Indian journal of veterinary science and animal husbandry - Volume 11,
Year: 1941
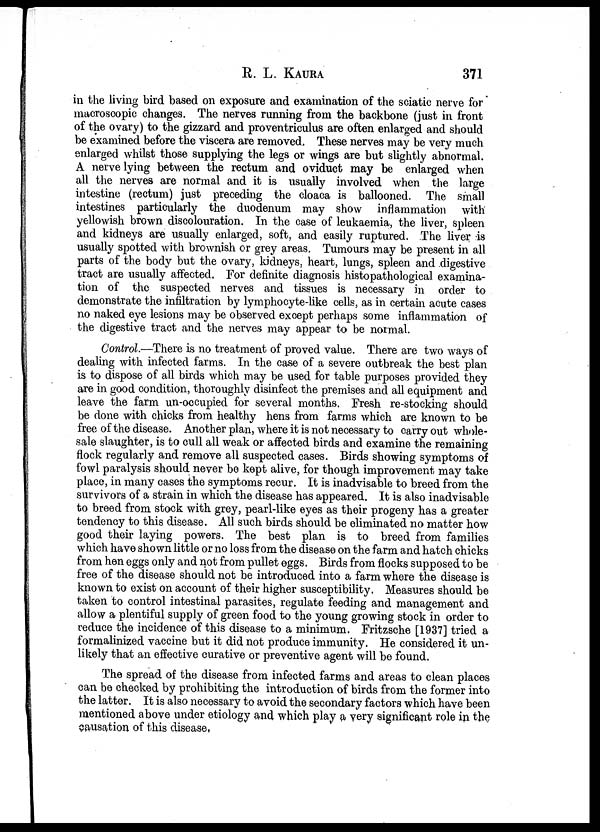
R. L. KAURA 371
in the living bird based on exposure and examination of the sciatic nerve for
macroscopic changes. The nerves running from the backbone (just in front
of the ovary) to the gizzard and proventriculus are often enlarged and should
be examined before the viscera are removed. These nerves may be very much
enlarged whilst those supplying the legs or wings are but slightly abnormal.
A nerve lying between the rectum and oviduct may be enlarged when
all the nerves are normal and it is usually involved when the large
intestine (rectum) just preceding the cloaca is ballooned. The small
intestines particularly the duodenum may show inflammation with
yellowish brown discolouration. In the case of leukaemia, the liver, spleen
and kidneys are usually enlarged, soft, and easily ruptured. The liver is
usually spotted with brownish or grey areas. Tumours may be present in all
parts of the body but the ovary, kidneys, heart, lungs, spleen and digestive
tract are usually affected. For definite diagnosis histopathological examina-
tion of the suspected nerves and tissues is necessary in order to
demonstrate the infiltration by lymphocyte-like cells, as in certain acute cases
no naked eye lesions may be observed except perhaps some inflammation of
the digestive tract and the nerves may appear to be normal.
Control.—There is no treatment of proved value. There are two ways of
dealing with infected farms. In the case of a severe outbreak the best plan
is to dispose of all birds which may be used for table purposes provided they
are in good condition, thoroughly disinfect the premises and all equipment and
leave the farm un-occupied for several months. Fresh re-stocking should
be done with chicks from healthy hens from farms which are known to be
free of the disease. Another plan, where it is not necessary to carry out whole-
sale slaughter, is to cull all weak or affected birds and examine the remaining
flock regularly and remove all suspected cases. Birds showing symptoms of
fowl paralysis should never be kept alive, for though improvement may take
place, in many cases the symptoms recur. It is inadvisable to breed from the
survivors of a strain in which the disease has appeared. It is also inadvisable
to breed from stock with grey, pearl-like eyes as their progeny has a greater
tendency to this disease. All such birds should be eliminated no matter how
good their laying powers. The best plan is to breed from families
which have shown little or no loss from the disease on the farm and hatch chicks
from hen eggs only and not from pullet eggs. Birds from flocks supposed to be
free of the disease should not be introduced into a farm where the disease is
known to exist on account of their higher susceptibility. Measures should be
taken to control intestinal parasites, regulate feeding and management and
allow a plentiful supply of green food to the young growing stock in order to
reduce the incidence of this disease to a minimum. Fritzsche [1937] tried a
formalinized vaccine but it did not produce immunity. He considered it un-
likely that an effective curative or preventive agent will be found.
The spread of the disease from infected farms and areas to clean places
can be checked by prohibiting the introduction of birds from the former into
the latter. It is also necessary to avoid the secondary factors which have been
mentioned above under etiology and which play a very significant role in the
causation of this disease,